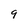
Character: 9